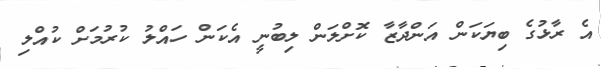
އެ ރާޅުގެ ބިޔަކަން އަންދާޒާ ކޮށްލަން ލިބުނީ އެކަން ހައްލު ކުރުމަށް ކުއްލި